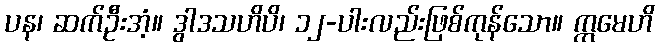
ပန၊ ဆက်ဦးအံ့။ ဒွါဒသဟိပိ၊ ၁၂-ပါးလည်းဖြစ်ကုန်သော။ ဣမေဟိ